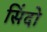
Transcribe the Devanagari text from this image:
सिंदो